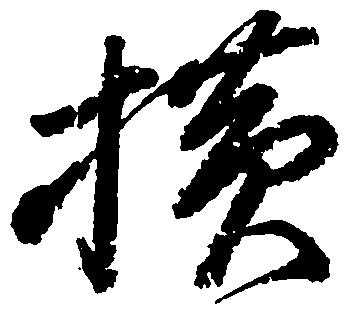
横